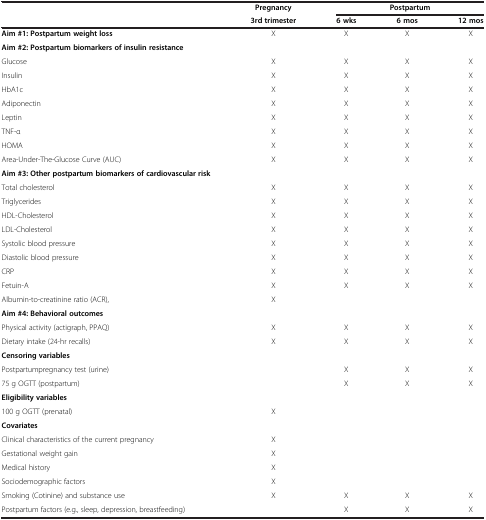
<table><thead><tr><td><b> </b></td><td><b>Pregnancy</b></td><td colspan="3"><b>Postpartum</b></td></tr><tr><td><b> </b></td><td><b>3rd trimester</b></td><td><b>6 wks</b></td><td><b>6 mos</b></td><td><b>12 mos</b></td></tr></thead><tbody><tr><td><b>Aim #1: Postpartum weight loss</b></td><td>X</td><td>X</td><td>X</td><td>X</td></tr><tr><td><b>Aim #2: Postpartum biomarkers of insulin resistance</b></td><td> </td><td> </td><td> </td><td> </td></tr><tr><td>Glucose</td><td>X</td><td>X</td><td>X</td><td>X</td></tr><tr><td>Insulin</td><td>X</td><td>X</td><td>X</td><td>X</td></tr><tr><td>HbA1c</td><td>X</td><td>X</td><td>X</td><td>X</td></tr><tr><td>Adiponectin</td><td>X</td><td>X</td><td>X</td><td>X</td></tr><tr><td>Leptin</td><td>X</td><td>X</td><td>X</td><td>X</td></tr><tr><td>TNF-α</td><td>X</td><td>X</td><td>X</td><td>X</td></tr><tr><td>HOMA</td><td>X</td><td>X</td><td>X</td><td>X</td></tr><tr><td>Area-Under-The-Glucose Curve (AUC)</td><td>X</td><td>X</td><td>X</td><td>X</td></tr><tr><td><b>Aim #3: Other postpartum biomarkers of cardiovascular risk</b></td><td> </td><td> </td><td> </td><td> </td></tr><tr><td>Total cholesterol</td><td>X</td><td>X</td><td>X</td><td>X</td></tr><tr><td>Triglycerides</td><td>X</td><td>X</td><td>X</td><td>X</td></tr><tr><td>HDL-Cholesterol</td><td>X</td><td>X</td><td>X</td><td>X</td></tr><tr><td>LDL-Cholesterol</td><td>X</td><td>X</td><td>X</td><td>X</td></tr><tr><td>Systolic blood pressure</td><td>X</td><td>X</td><td>X</td><td>X</td></tr><tr><td>Diastolic blood pressure</td><td>X</td><td>X</td><td>X</td><td>X</td></tr><tr><td>CRP</td><td>X</td><td>X</td><td>X</td><td>X</td></tr><tr><td>Fetuin-A</td><td>X</td><td>X</td><td>X</td><td>X</td></tr><tr><td>Albumin-to-creatinine ratio (ACR),</td><td>X</td><td> </td><td> </td><td> </td></tr><tr><td><b>Aim #4: Behavioral outcomes</b></td><td> </td><td> </td><td> </td><td> </td></tr><tr><td>Physical activity (actigraph, PPAQ)</td><td>X</td><td>X</td><td>X</td><td>X</td></tr><tr><td>Dietary intake (24-hr recalls)</td><td>X</td><td>X</td><td>X</td><td>X</td></tr><tr><td><b>Censoring variables</b></td><td> </td><td> </td><td> </td><td> </td></tr><tr><td>Postpartumpregnancy test (urine)</td><td> </td><td>X</td><td>X</td><td>X</td></tr><tr><td>75 g OGTT (postpartum)</td><td> </td><td>X</td><td>X</td><td>X</td></tr><tr><td><b>Eligibility variables</b></td><td> </td><td> </td><td> </td><td> </td></tr><tr><td>100 g OGTT (prenatal)</td><td>X</td><td> </td><td> </td><td> </td></tr><tr><td><b>Covariates</b></td><td> </td><td> </td><td> </td><td> </td></tr><tr><td>Clinical characteristics of the current pregnancy</td><td>X</td><td> </td><td> </td><td> </td></tr><tr><td>Gestational weight gain</td><td>X</td><td> </td><td> </td><td> </td></tr><tr><td>Medical history</td><td>X</td><td> </td><td> </td><td> </td></tr><tr><td>Sociodemographic factors</td><td>X</td><td> </td><td> </td><td> </td></tr><tr><td>Smoking (Cotinine) and substance use</td><td>X</td><td>X</td><td>X</td><td>X</td></tr><tr><td>Postpartum factors (e.g., sleep, depression, breastfeeding)</td><td> </td><td>X</td><td>X</td><td>X</td></tr></tbody></table>